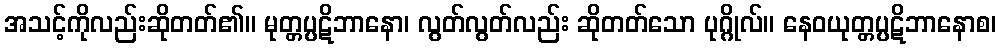
အသင့်ကိုလည်းဆိုတတ်၏။ မုတ္တပ္ပဋိဘာနော၊ လွတ်လွတ်လည်း ဆိုတတ်သော ပုဂ္ဂိုလ်။ နေဝယုတ္တပ္ပဋိဘာနောစ၊